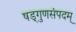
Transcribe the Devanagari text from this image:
षड्गुणसंपदम्‌